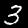
Label: 3